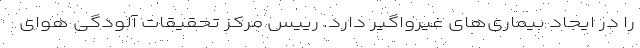
را در ایجاد بیماری‌های غیرواگیر دارد. رییس مرکز تحقیقات آلودگی هوای